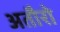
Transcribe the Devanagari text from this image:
अतौरो